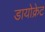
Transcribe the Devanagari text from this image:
डायोक्रेट